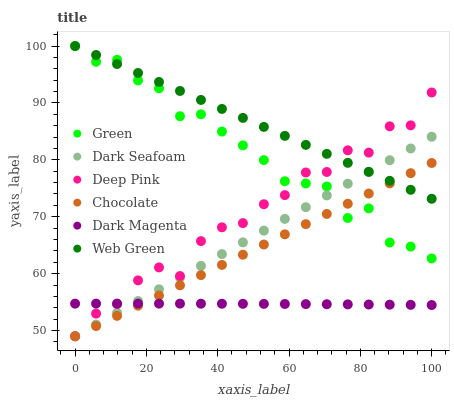
| xaxis_label | Green | Dark Seafoam | Deep Pink | Chocolate | Dark Magenta | Web Green |
 | --- | --- | --- | --- | --- | --- | --- |
 | 0 | 100 | 49 | 49 | 49 | 54.7 | 100 |
 | 5.88 | 97.2 | 51.1 | 53 | 50.8 | 54.7 | 98.4 |
 | 11.8 | 97.6 | 53.1 | 54.7 | 52.6 | 54.7 | 96.8 |
 | 17.6 | 94 | 55.2 | 58.8 | 54.4 | 54.7 | 95.3 |
 | 23.5 | 92.6 | 57.2 | 61.1 | 56.2 | 54.7 | 93.7 |
 | 29.4 | 87.7 | 59.3 | 59.6 | 58 | 54.7 | 92.1 |
 | 35.3 | 88 | 61.4 | 65.7 | 59.7 | 54.7 | 90.5 |
 | 41.2 | 85 | 63.4 | 68.1 | 61.5 | 54.7 | 88.9 |
 | 47.1 | 82.5 | 65.5 | 68.9 | 63.3 | 54.7 | 87.4 |
 | 52.9 | 80 | 67.6 | 72.2 | 65.1 | 54.7 | 85.8 |
 | 58.8 | 76.2 | 69.6 | 73.8 | 66.9 | 54.7 | 84.2 |
 | 64.7 | 75.8 | 71.7 | 77.8 | 68.7 | 54.7 | 82.6 |
 | 70.6 | 75.3 | 73.7 | 77.9 | 70.5 | 54.6 | 81.1 |
 | 76.5 | 69.8 | 75.8 | 81.7 | 72.3 | 54.6 | 79.5 |
 | 82.4 | 71.5 | 77.9 | 81.3 | 74.1 | 54.6 | 77.9 |
 | 88.2 | 65.5 | 79.9 | 85.9 | 75.9 | 54.6 | 76.3 |
 | 94.1 | 64.8 | 82 | 86.1 | 77.7 | 54.5 | 74.7 |
 | 100 | 62.7 | 84.1 | 91.8 | 79.4 | 54.5 | 73.2 |